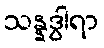
သန္နဒွါရာ